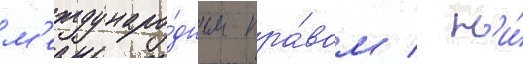
м'еждунаро́дным пра́вом / н'и́